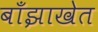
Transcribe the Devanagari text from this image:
बाँझाखेत